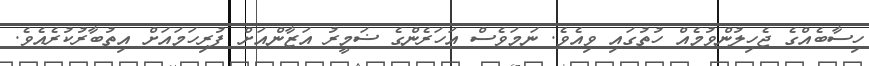
ހިސާބެއްގެ ޖެހިލުންވުމެއް ހުތުގައި ވިއެވެ. ނަމަވެސް އަހަރެންގެ ޟަމީރު އަޒާންއަށް ފުރިހަމައަށް އިތުބާރުކުރެއެވެ.